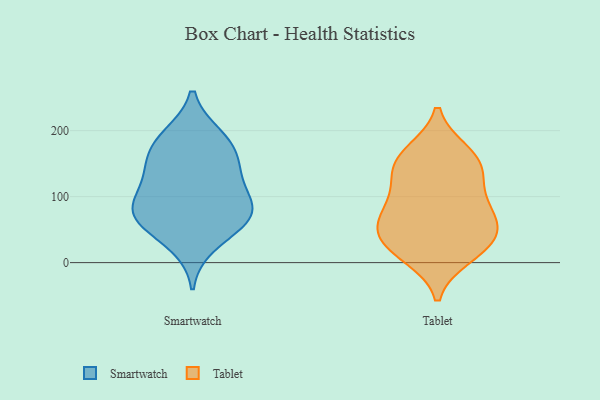
{"axis": {"x": "Energy Usage (MWh)", "y": "Value"}, "legend": ["Smartwatch", "Tablet"], "data": [{"x": "", "y": 192, "type": "Smartwatch"}, {"x": "", "y": 73, "type": "Smartwatch"}, {"x": "", "y": 71, "type": "Smartwatch"}, {"x": "", "y": 167, "type": "Smartwatch"}, {"x": "", "y": 85, "type": "Smartwatch"}, {"x": "", "y": 98, "type": "Smartwatch"}, {"x": "", "y": 126, "type": "Smartwatch"}, {"x": "", "y": 154, "type": "Smartwatch"}, {"x": "", "y": 27, "type": "Smartwatch"}, {"x": "", "y": 135, "type": "Smartwatch"}, {"x": "", "y": 59, "type": "Smartwatch"}, {"x": "", "y": 71, "type": "Smartwatch"}, {"x": "", "y": 189, "type": "Smartwatch"}, {"x": "", "y": 26, "type": "Tablet"}, {"x": "", "y": 16, "type": "Tablet"}, {"x": "", "y": 137, "type": "Tablet"}, {"x": "", "y": 72, "type": "Tablet"}, {"x": "", "y": 40, "type": "Tablet"}, {"x": "", "y": 166, "type": "Tablet"}, {"x": "", "y": 91, "type": "Tablet"}, {"x": "", "y": 98, "type": "Tablet"}, {"x": "", "y": 44, "type": "Tablet"}, {"x": "", "y": 54, "type": "Tablet"}, {"x": "", "y": 10, "type": "Tablet"}, {"x": "", "y": 145, "type": "Tablet"}, {"x": "", "y": 167, "type": "Tablet"}, {"x": "", "y": 139, "type": "Tablet"}, {"x": "", "y": 68, "type": "Tablet"}]}